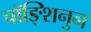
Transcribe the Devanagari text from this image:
चॉङ्शिनुन